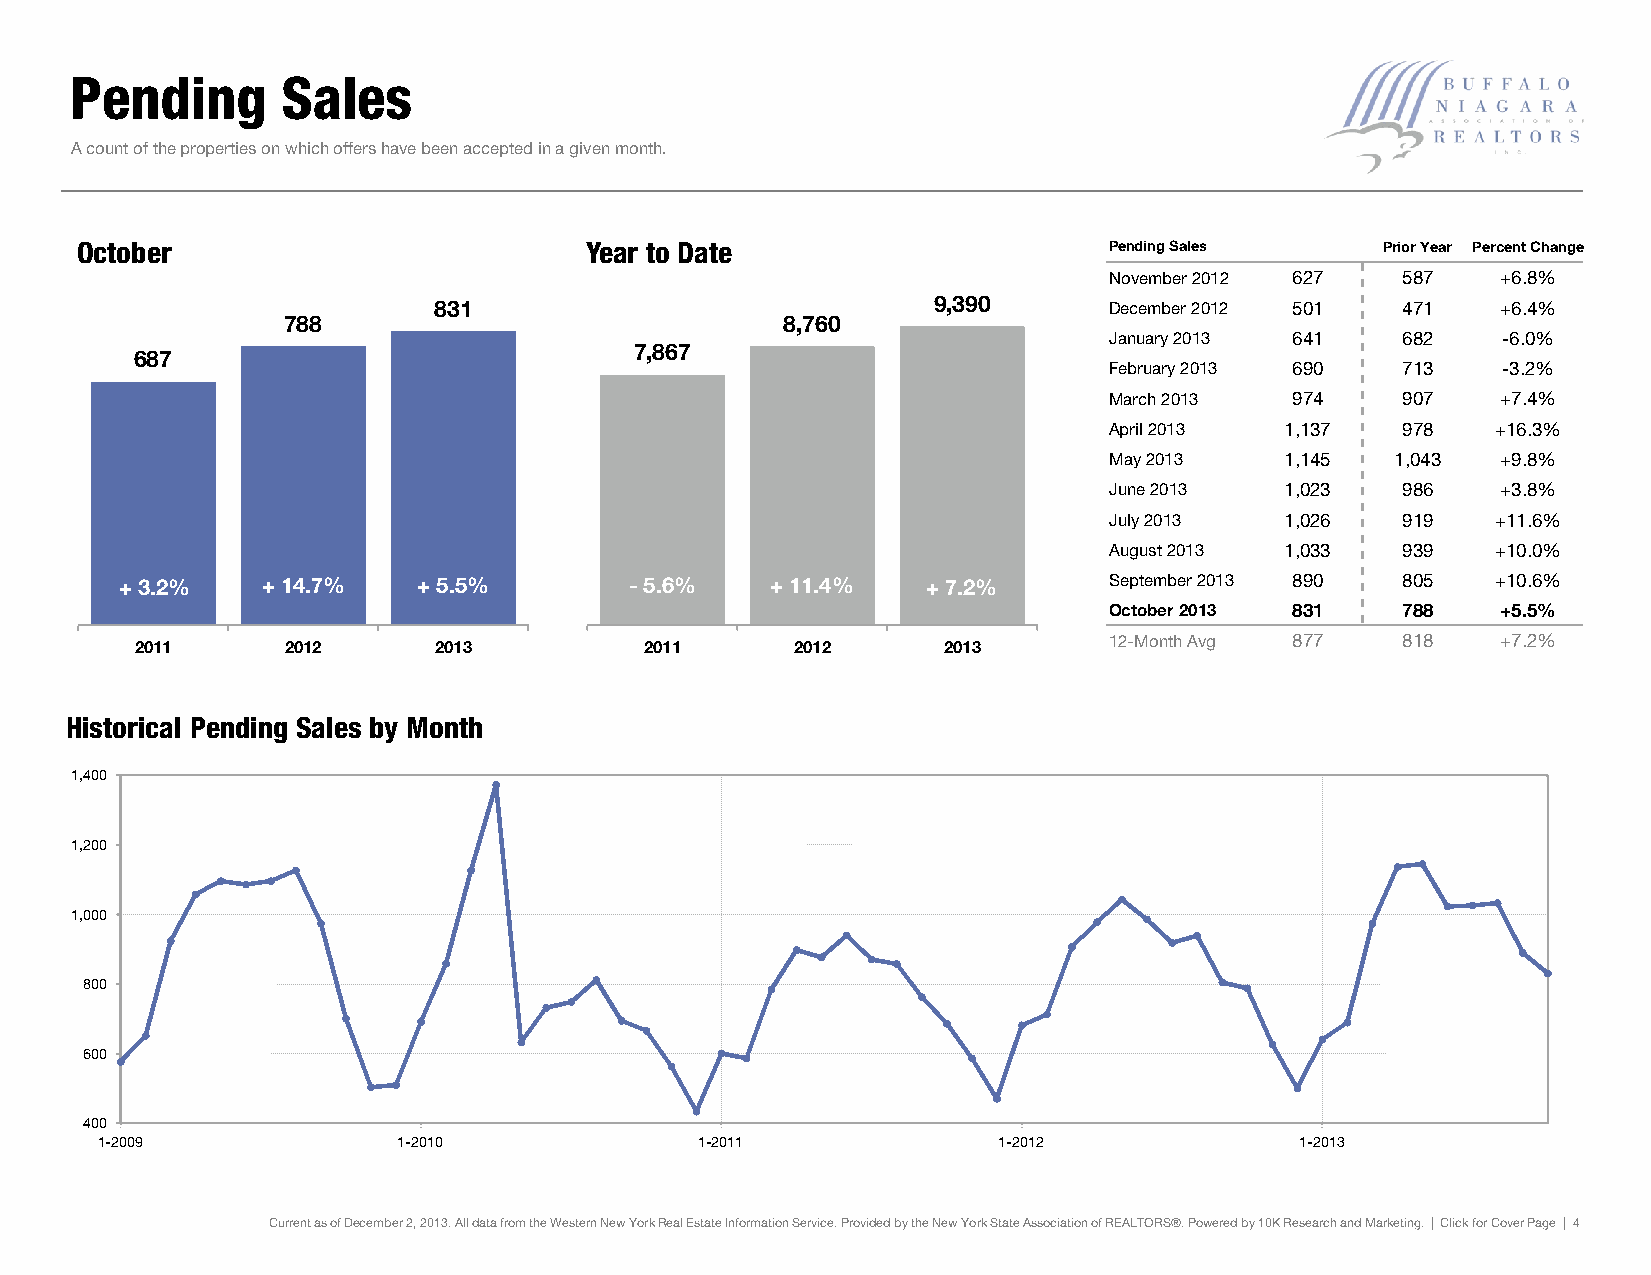
Pending       Sales
 A count of the properties on which offers have been accepted in a given month.
 OOccttoobbeerr                    YYeeaarr ttoo DDaattee            Pending Sales      Prior Year Percent Change
 November 2012 627   587   +6.8%
 883311                           99,,339900 December 2012 501   471   +6.4%
 778888                           88,,776600
 January 2013 641    682   -6.0%
 77,,886677
 668877
 February 2013 690   713   -3.2%
 March 2013   974    907   +7.4%
 April 2013  1,137   978   +16.3%
 May 2013    1,145  1,043  +9.8%
 June 2013   1,023   986   +3.8%
 July 2013   1,026   919   +11.6%
 August 2013 1,033   939   +10.0%
 ++ 33..22%% ++ 1144..77%% ++ 55..55%% --55..66%% ++ 1111..44%% ++ 77..22%% September 2013 890 805 +10.6%
 October 2013 831    788   +5.5%
 22001111  22001122  22001133      22001111  22001122 22001133   12-Month Avg 877    818   +7.2%
 Historical Pending Sales by Month
 1,400
 1,200
 1,000
 800
 600
 400
 1-2009              1-2010              1-2011              1-2012              1-2013
 Current as of December 2, 2013. All data from the Western New York Real Estate Information Service. Provided by the New York State Association of REALTORS®. Powered by 10K Research and Marketing. | Click for Cover Page | 4